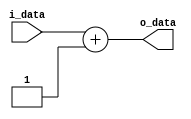
module pc_adder(
        i_data,
        o_data
    );
    
    input [29:0] i_data;
    output [29:0] o_data;

    assign o_data = i_data + 1;  

endmodule